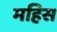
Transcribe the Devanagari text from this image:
महिस